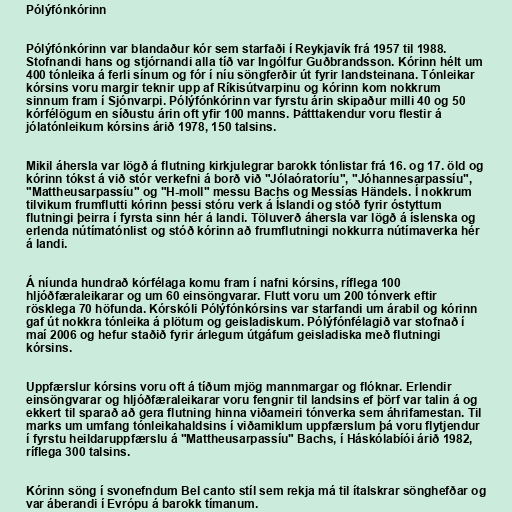
Pólýfónkórinn

Pólýfónkórinn var blandaður kór sem starfaði í Reykjavík frá 1957 til 1988.
Stofnandi hans og stjórnandi alla tíð var Ingólfur Guðbrandsson. Kórinn hélt um
400 tónleika á ferli sínum og fór í níu söngferðir út fyrir landsteinana. Tónleikar
kórsins voru margir teknir upp af Ríkisútvarpinu og kórinn kom nokkrum
sinnum fram í Sjónvarpi. Pólýfónkórinn var fyrstu árin skipaður milli 40 og 50
kórfélögum en síðustu árin oft yfir 100 manns. Þátttakendur voru flestir á
jólatónleikum kórsins árið 1978, 150 talsins.

Mikil áhersla var lögð á flutning kirkjulegrar barokk tónlistar frá 16. og 17. öld og
kórinn tókst á við stór verkefni á borð við "Jólaóratoríu", "Jóhannesarpassíu",
"Mattheusarpassíu" og "H-moll" messu Bachs og Messías Händels. Í nokkrum
tilvikum frumflutti kórinn þessi stóru verk á Íslandi og stóð fyrir óstyttum
flutningi þeirra í fyrsta sinn hér á landi. Töluverð áhersla var lögð á íslenska og
erlenda nútímatónlist og stóð kórinn að frumflutningi nokkurra nútímaverka hér
á landi.

Á níunda hundrað kórfélaga komu fram í nafni kórsins, ríflega 100
hljóðfæraleikarar og um 60 einsöngvarar. Flutt voru um 200 tónverk eftir
rösklega 70 höfunda. Kórskóli Pólýfónkórsins var starfandi um árabil og kórinn
gaf út nokkra tónleika á plötum og geisladiskum. Pólýfónfélagið var stofnað í
maí 2006 og hefur staðið fyrir árlegum útgáfum geisladiska með flutningi
kórsins.

Uppfærslur kórsins voru oft á tíðum mjög mannmargar og flóknar. Erlendir
einsöngvarar og hljóðfæraleikarar voru fengnir til landsins ef þörf var talin á og
ekkert til sparað að gera flutning hinna viðameiri tónverka sem áhrifamestan. Til
marks um umfang tónleikahaldsins í viðamiklum uppfærslum þá voru flytjendur
í fyrstu heildaruppfærslu á "Mattheusarpassíu" Bachs, í Háskólabíói árið 1982,
ríflega 300 talsins.

Kórinn söng í svonefndum Bel canto stíl sem rekja má til ítalskrar sönghefðar og
var áberandi í Evrópu á barokk tímanum.